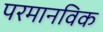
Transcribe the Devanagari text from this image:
परमानविक